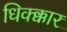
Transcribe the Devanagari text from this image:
धिक्क्कार